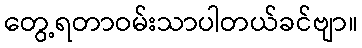
တွေ့ရတာဝမ်းသာပါတယ်ခင်ဗျာ။